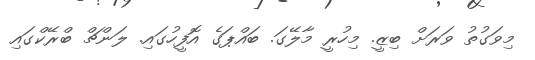
މިވަގުތު ވަރަށް ބިޒީ. މިހުރީ މާލޭގަ. ބައްޕަގެ އޮފީހުގައި. ލަންޗް ބްރޭކްގައި